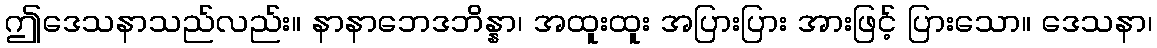
ဤဒေသနာသည်လည်း။ နာနာဘေဒဘိန္နာ၊ အထူးထူး အပြားပြား အားဖြင့် ပြားသော။ ဒေသနာ၊